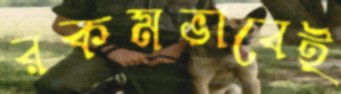
রকমভাবেই